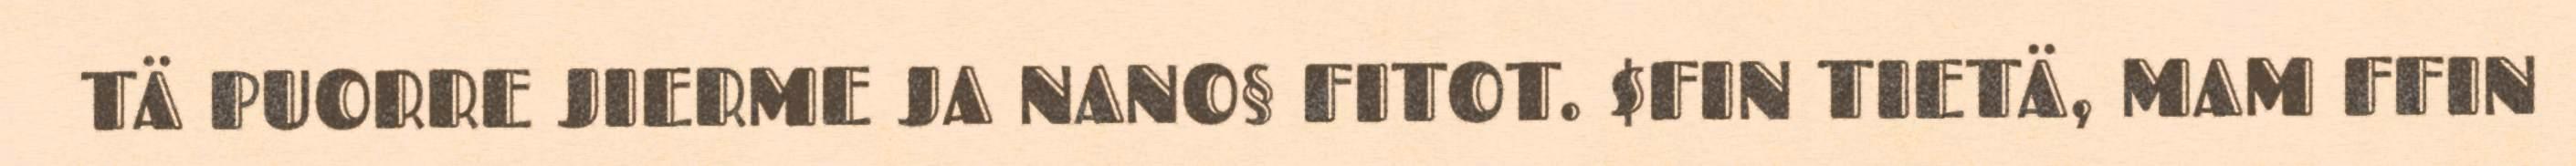
TÄ PUORRE JIERME JA NANO§ FITOT. $FIN TIETÄ, MAM FFIN